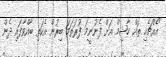
"އެއްޗެހި ތައް ހާޝިމް އަށް ފެނުނީމަ ފުރަތަމަ ބިރުން އެކަތި ބާއްވާފައި ދެން